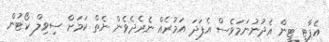
އެޕާޓީ ޓީން އެދުނުނަމަވެސް އެފަދަ އަމުރެއް ނެރެދެވެން ނެތް ކަމަށް ސިވިލް ކޯޓުން